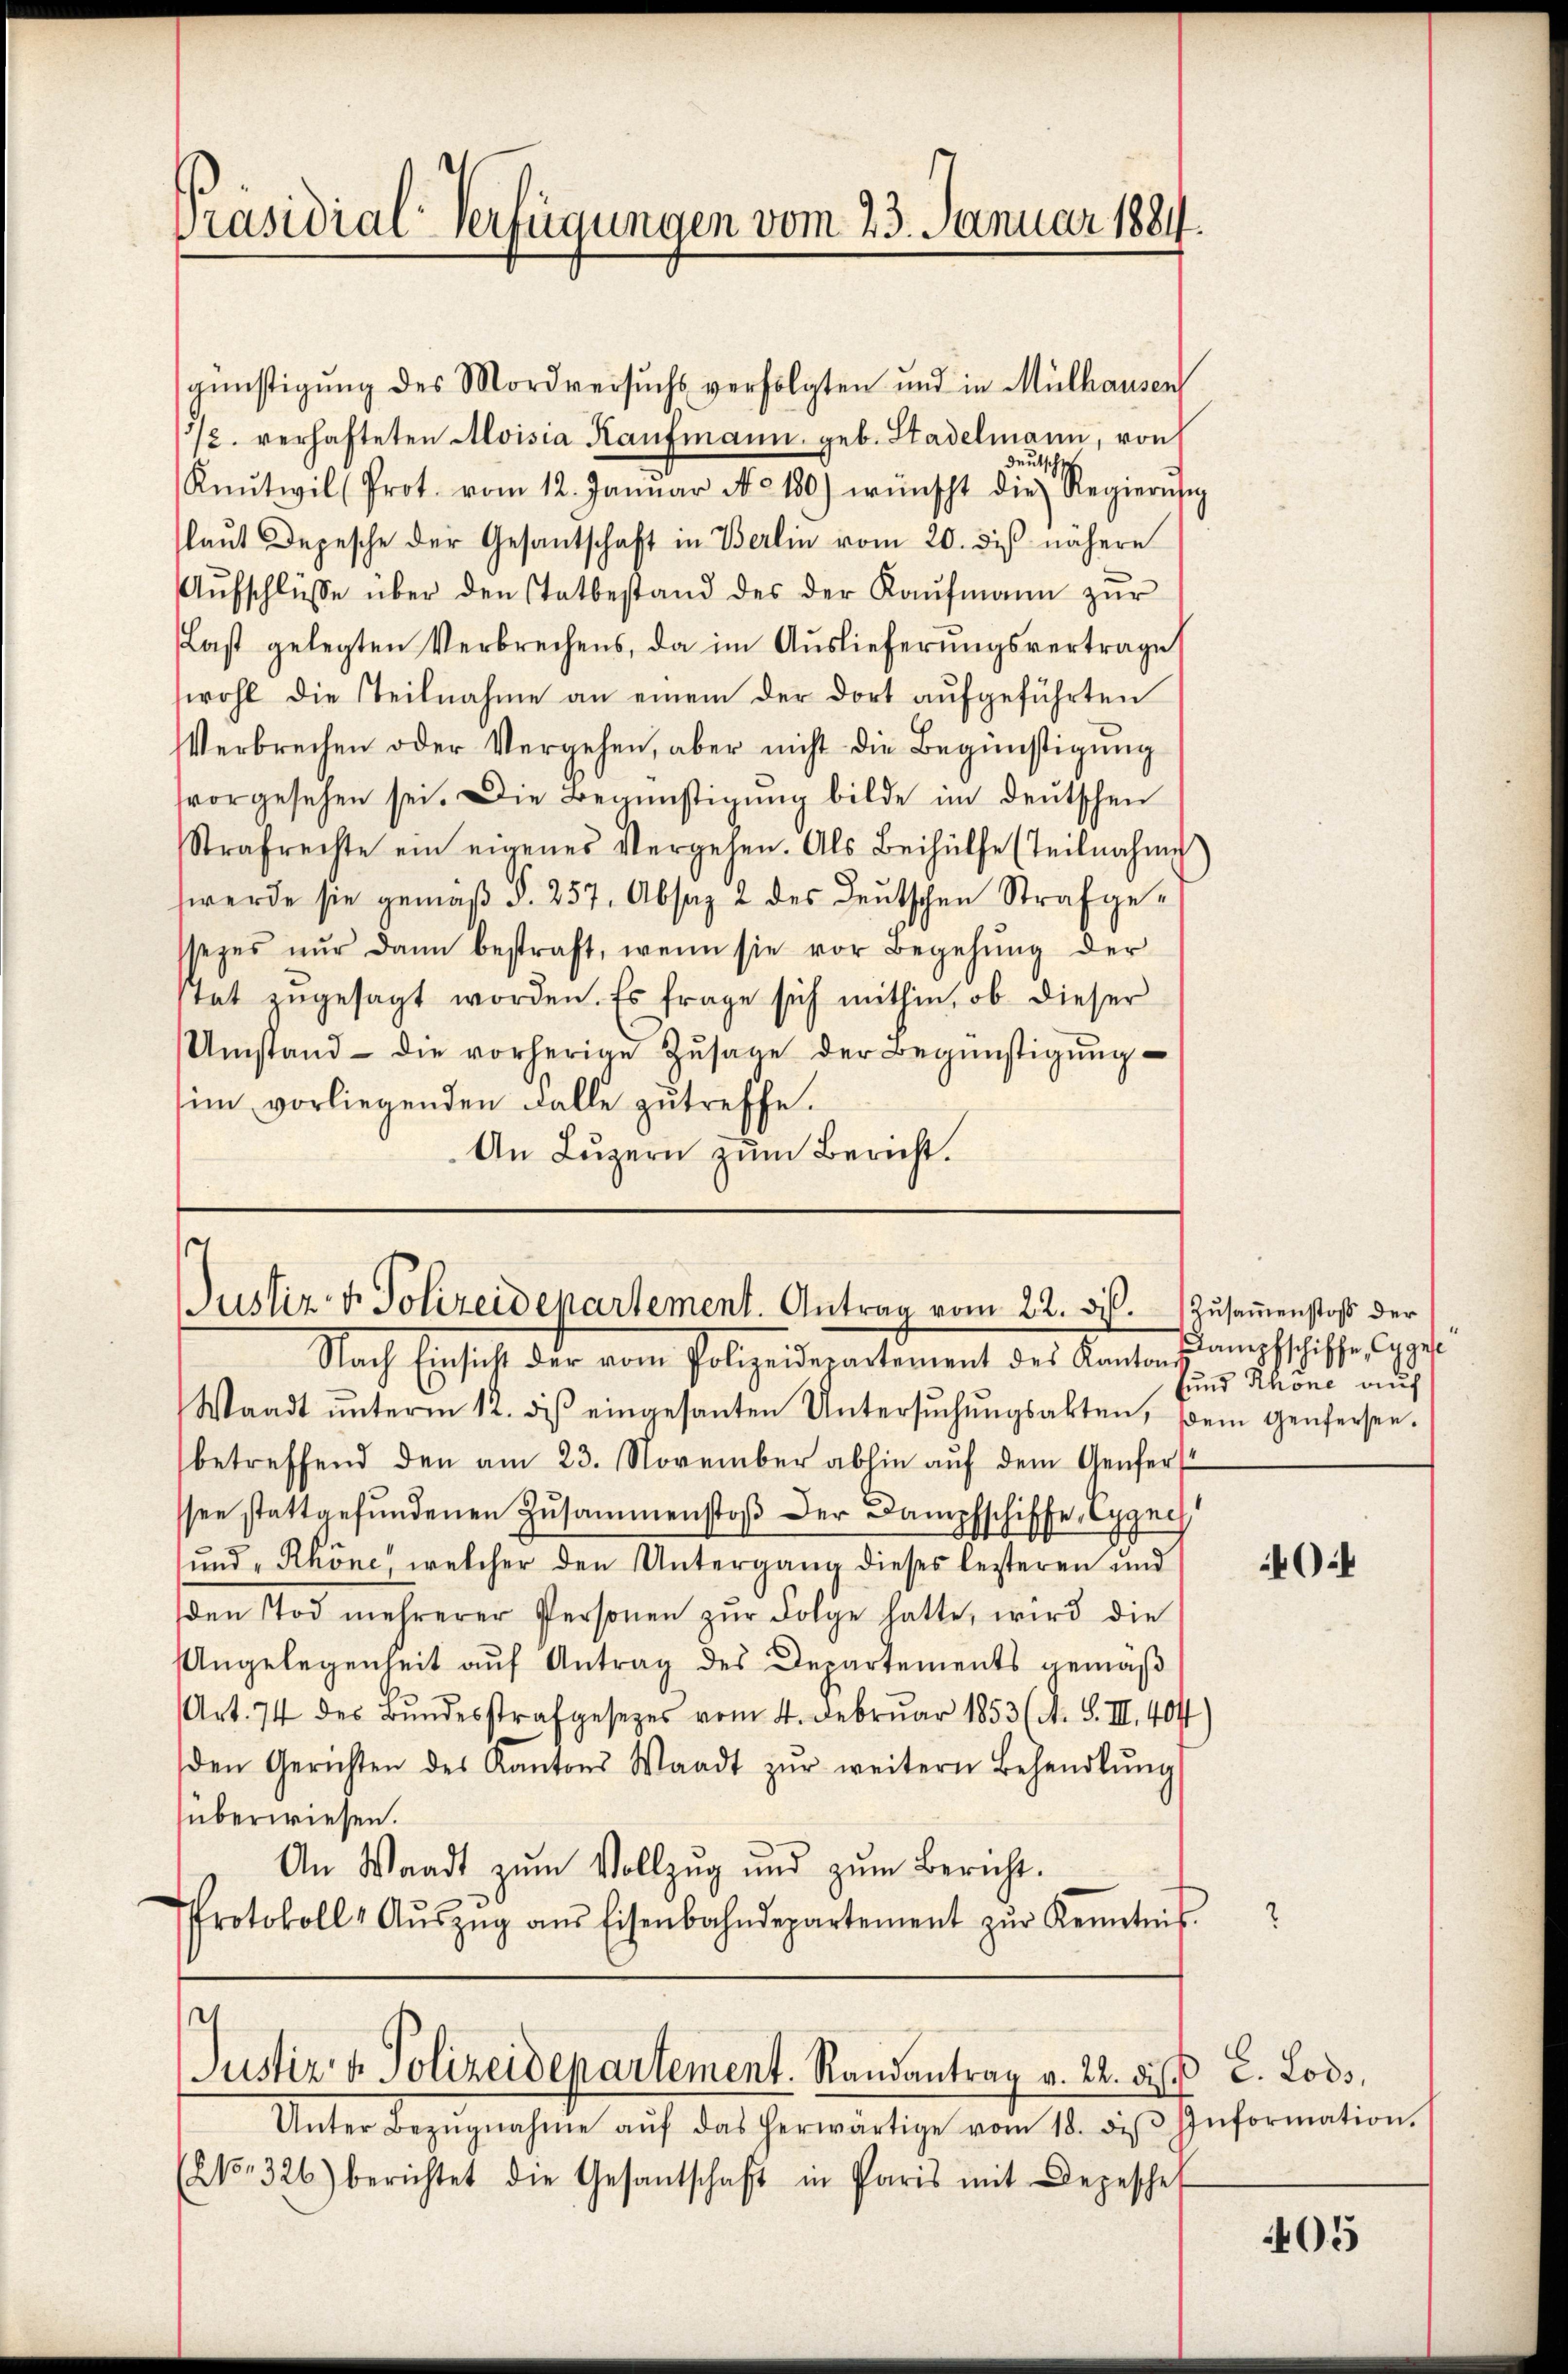
Präsidial-Verfügungen vom 23. Januar 1884.

günstigung des Mordversuchs verfolgten und in Mülhausen,
1/2. verhafteten Aloisia Kaufmann, geb. Stadelmann, von
eutsche
Knŭtwil (Prot. vom 12. Janŭar No. 180) wünscht die Regierŭng
laŭt Depesche der Gesantschaft in Berlin vom 20. des nähere
Aŭfschlüsse über den Tatbestand des der Kaŭfmann zŭr
Last gelegten Verbrechens, da im Auslieferungsvertrage
wohl die Teilnahme an einem der dort aufgeführten
Verbrechen oder Vergehen, aber nicht die Begünstigung
vorgesehen sei. Die Begünstigung bilde im deutschen
Strafrechte ein eigenes Vergehen. Als Beihülfe (Teilnahme
werde sie gemäß §. 257. Absag 2 des Deutschen Strafgessezes nŭr dann bestraft, wenn sie vor Begehŭng der
stat zŭgesagt worden. Es frage sich mithin, ob dieser
Umstand die vorherige Zŭsage der Begünstigŭng
im vorliegenden Falle zutreffe.
An Luzern zum Bericht.

s
Justiz & Polizeidepartement. Antrag vom 22. dieß.

Justiz & Polizeidepartement. Randantrag v. 22. d. 2. Loos,

Unter Bezŭgnahme aŭf das herwärtige vom 18. diβ Information.
(21. 326) berichtet die Gesantschaft in Paris mit Depeschet

Nach Einsicht der eine Polizeidepartement des Kanton
Waadt ŭnterm 12. diβ eingesanten Untersŭchŭngsakten, dem Genfersen.
betreffend den am 23. November abhin aŭf dem Genfer
ssee stattgefundenen Zusammenstoß der Dampfschiffe Eppech
ŭnd "Rhöne, welcher den Untergang dieses lezteren und
den Tod mehrerer Personen zŭr Folge hatte, wird die
Angelegenheit auf Antrag des Departements gemäß
Art. 74 des Bundesstrafgesetzes vom 4. Februar 1853 (A. S. III. 404)
den Gerichten des Kantons Waadt zŭr weitern Behandlŭng
überwiesen.
An Waadt zŭm Vollzug und zŭm Bericht.
Protokoll- Aŭszŭg aŭs Eisenbahndepartement zŭr Kenntnis.

Zusammenstoß der
Dampfschiffe, Gyge
sund Rhone auf

405